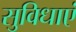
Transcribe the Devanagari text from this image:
सुविधाएं